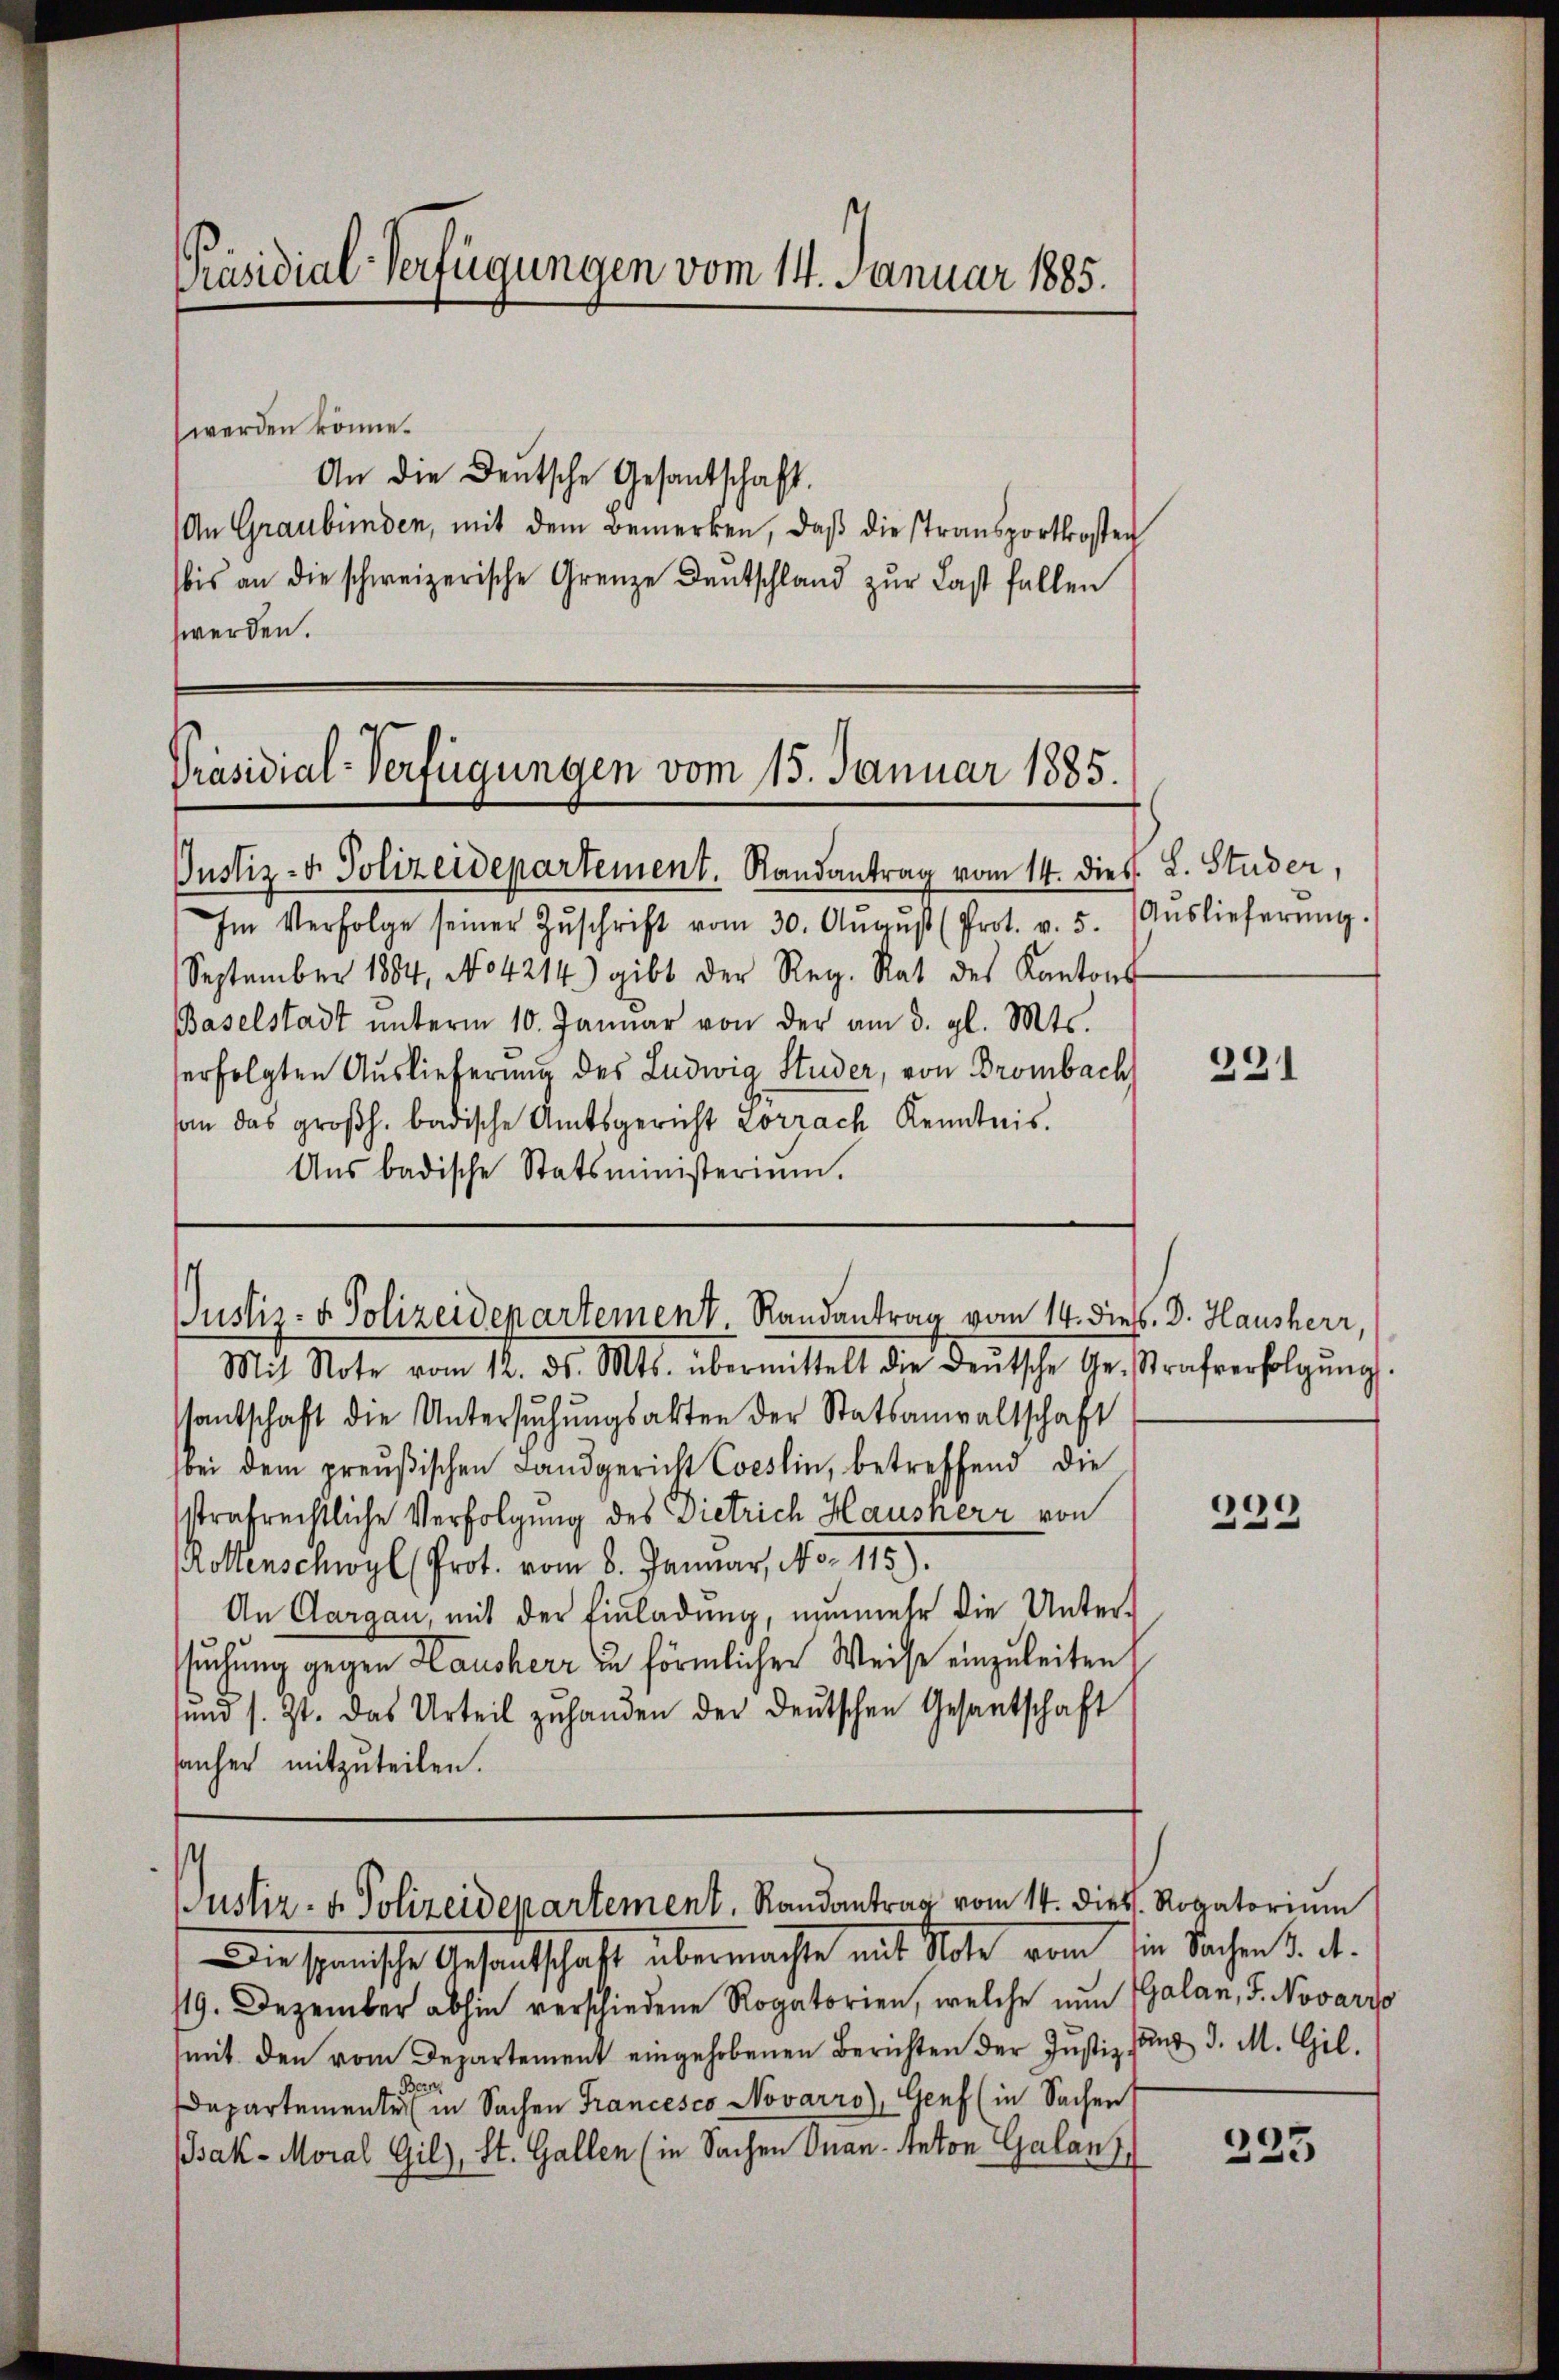
Präsidial-Verfügungen vom 14. Januar 1885.

werden könne.
An die Deutsche Gesantschaft.
An Graubünden, mit dem Bemerken, daβ die Stransportkosten
bis an die schweizerische Grenze Deutschland zŭr Last fallen
werden.

Präsidial-Verfügungen vom 15. Januar 1885.

Justiz- & Polizeidepartement. Randantrag vom 14. dies L. Studer,
Im Verfolge seiner Zŭschrift vom 30. Aŭgŭst (Prot. v. 5.
September 1884, No 4214) gibt der Reg. Rat des Kantons
Baselstadt ŭnterm 10. Januar von der am 3. gl. Mts.
erfolgten Auslieferung des Ludwig Studer, von Drombach
son das großh. badische Amtsgericht Lörrach Kenntnis.
Ans badische Statsministerium.

Justiz- & Polizeidepartement Randantrag vom 14. dies. Dr. Hausherr,

s
ustiz- & Polizeidepartement. Randantrag vom 14. Diess. Rogatorium

Die spanische Gesantschaft übermachte mit Note vom die Sachen d. d.
/19. Dezember abhin verschiedene Rogatorien, welche nun Galan, S. Novarso
mit den vom Departement eingehobenen Berichten der Justiz und d. M. Gil.
Departemente in Sachen Francesco Novarro), Genf (in Sachen
Bak- Moral Gilz, St. Gallen (in Sachen Onan- Anton Galanz

Mit Note vom 12. ds. Mts. übermittelt die deŭtsche Ge- Strafverfolgŭng.
ssantschaft die Untersŭchŭngsakten der Statsanwaltschaft
bei dem preußischen Landgericht Coeslin, betreffend die
strafrechtliche Verfolgung des Dietrich Hausherr von
Rollenschwyl (Prot. vom 8. Januar, No. 115).
An Aargau, mit der Einladŭng, nŭnmehr die Unter-
suchung gegen Hausherr zu förmlicher Weise einzuleiten,
sund s. Zt. das Urteil zŭ handen der deutschen Gesantschaft
sanher mitzuteilen.

Auslieferung.

331

299

223